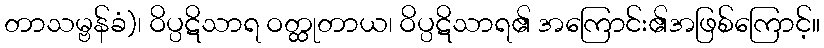
တာသမ္ဗန်ခံ)၊ ဝိပ္ပဋိသာရ ဝတ္ထုတာယ၊ ဝိပ္ပဋိသာရ၏ အကြောင်း၏အဖြစ်ကြောင့်။